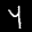
Label: 4